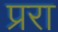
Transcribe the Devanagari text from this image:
प्ररा